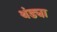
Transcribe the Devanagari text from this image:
थंड्या